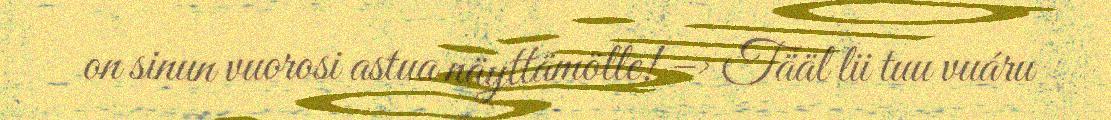
on sinun vuorosi astua näyttämölle! –> Tääl lii tuu vuáru